Report of the Indian Hemp Drugs Commission, 1894-1895 - Volume IV
Year: 1894
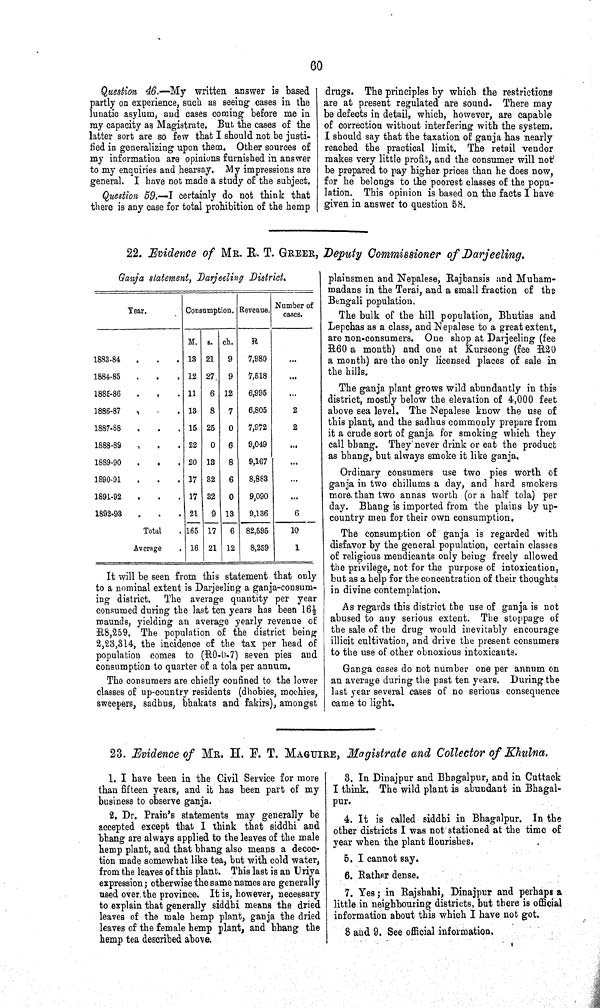
60
Question 46.—My written answer is based
partly on experience, such as seeing cases in the
lunatic asylum, and cases coming before me in
my capacity as Magistrate. But the cases of the
latter sort are so few that I should not be justi-
fied in generalizing upon them. Other sources of
my information are opinions furnished in answer
to my enquiries and hearsay. My impressions are
general. I have not made a study of the subject.
Question 59.—I certainly do not think that
there is any case for total prohibition of the hemp
drugs. The principles by which the restrictions
are at present regulated are sound. There may
be defects in detail, which, however, are capable
of correction without interfering with the system.
I should say that the taxation of ganja has nearly
reached the practical limit. The retail vendor
makes very little profit, and the consumer will not
be prepared to pay higher prices than he does now,
for he belongs to the poorest classes of the popu-
lation. This opinion is based on the facts I have
given in answer to question 58.
22. Evidence of MR. R. T. GREER, Deputy Commissioner of Darjeeling.
Ganja statement, Darjeeling District.
Year.
Consumption. Revenue.
Number of
cases.
M. s. ch.
R
1883-84
13 21 9
7,980
1884-85
12 27 9
7,518
1885-86
11 6 12
6,995
1886-87
13 8 7
6,805
2
1887-88
15 25 0
7,972
2
1888-89
22 0 6
9,049
1889-90
20 13 8
9,167
1890-91
17 32 6
8,883
1891-92
17 32 0
9,090
1892-93
21
9 13
9,136
6
Total
165 17
6 82,595
10
Average
16 21 12
8,259
1
It will be seen from this statement that only
to a nominal extent is Darjeeling a ganja-consum-
ing district. The average quantity per year
consumed during the last ten years has been 161/2
maunds, yielding an average yearly revenue of
R8,259. The population of the district being
2,23,314, the incidence of the tax per head of
population comes to (R0-0-7) seven pies and
consumption to quarter of a tola per annum.
The consumers are chiefly confined to the lower
classes of up-country residents (dhobies, mochies,
sweepers, sadhus, bhakats and fakirs), amongst
plainsmen and Nepalese, Rajbansis and Muham-
madans in the Terai, and a small fraction of the
Bengali population.
The bulk of the hill population, Bhutias and
Lepchas as a class, and Nepalese to a great extent,
are non-consumers. One shop at Darjeeling (fee
R60 a month) and one at Kurseong (fee R20
a month) are the only licensed places of sale in
the hills.
The ganja plant grows wild abundantly in this
district, mostly below the elevation of 4,000 feet
above sea level. The Nepalese know the use of
this plant, and the sadhus commonly prepare from
it a crude sort of ganja for smoking which they
call bhang. They never drink or eat the product
as bhang, but always smoke it like ganja.
Ordinary consumers use two pies worth of
ganja in two chillums a day, and hard smokers
more than two annas worth (or a half tola) per
day. Bhang is imported from the plains by up-
country men for their own consumption.
The consumption of ganja is regarded with
disfavor by the general population, certain classes
of religious mendicants only being freely allowed
the privilege, not for the purpose of intoxication,
but as a help for the concentration of their thoughts
in divine contemplation.
As regards this district the use of ganja is not
abused to any serious extent. The stoppage of
the sale of the drug would inevitably encourage
illicit cultivation, and drive the present consumers
to the use of other obnoxious intoxicants.
Ganga cases do not number one per annum on
an average during the past ten years. During the
last year several cases of no serious consequence
came to light.
23. Evidence of MR. H. F. T. MAGUIRE, Magistrate and Collector of Khulna.
1. I have been in the Civil Service for more
than fifteen years, and it has been part of my
business to observe ganja.
2. Dr. Prain's statements may generally be
accepted except that I think that siddhi and
bhang are always applied to the leaves of the male
hemp plant, and that bhang also means a decoc-
tion made somewhat like tea, but with cold water,
from the leaves of this plant. This last is an Uriya
expression; otherwise the same names are generally
used over the province. It is, however, necessary
to explain that generally siddhi means the dried
leaves of the male hemp plant, ganja the dried
leaves of the female hemp plant, and bhang the
hemp tea described above.
3. In Dinajpur and Bhagalpur, and in Cuttack
I think. The wild plant is abundant in Bhagal-
pur.
4. It is called siddhi in Bhagalpur. In the
other districts I was not stationed at the time of
year when the plant flourishes.
5. I cannot say.
6. Rather dense.
7. Yes; in Rajshahi, Dinajpur and perhaps a
little in neighbouring districts, but there is official
information about this which I have not got.
8 and 9. See official information.